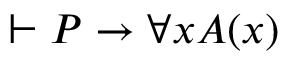
\vdash P \to \forall x A ( x )